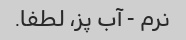
نرم - آب پز، لطفا.